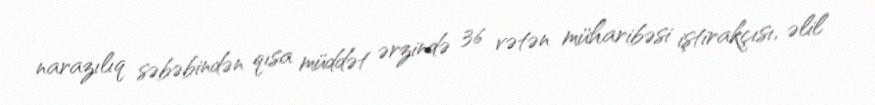
narazılıq səbəbindən qısa müddət ərzində 36 vətən müharibəsi iştirakçısı, əlil